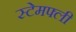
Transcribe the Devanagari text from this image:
स्टेमफ्ली